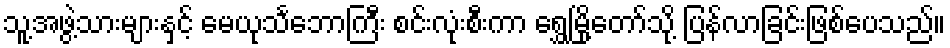
သူ့အဖွဲ့သားများနှင့် မေယုသင်္ဘောကြီး စင်းလုံးစီးကာ ရွှေမြို့တော်သို့ ပြန်လာခြင်းဖြစ်ပေသည်။